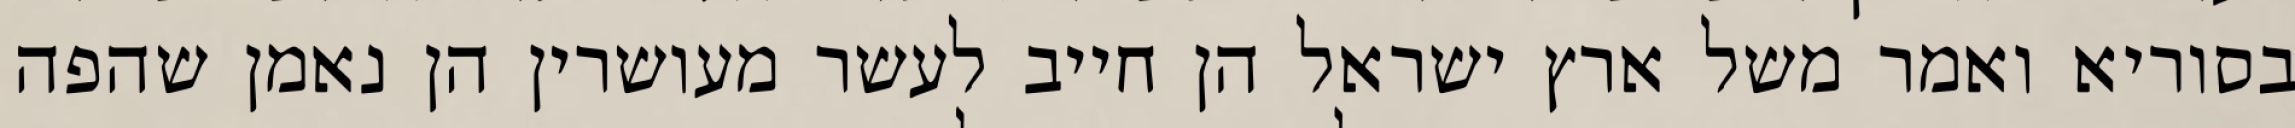
בסוריא ואמר משל ארץ ישראל הן חייב לעשר מעושרין הן נאמן שהפה